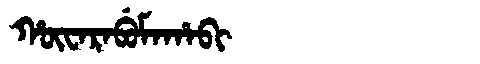
Manchu: ᡥᡡᠸᠠᡵᠠᠪᡠᠮᠠᡥᠠᠪᡳ
Romanization: HŪWARABUMAHABI